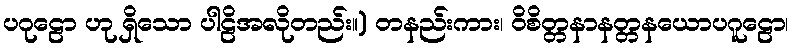
ပဂုဠော ဟု ရှိသော ပါဠိအလိုတည်း။) တနည်းကား၊ ဝိစိတ္တနာနတ္တနယောပဂူဠော၊